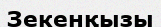
Зекенқызы